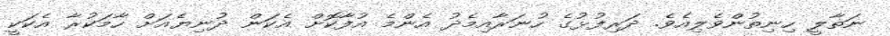
ނަތާލީ ހިނިތުންވެލިއެވެ. ދަރިފުޅުގެ ހުނަރާއިމެދު އެންމެ އުފާކޮށް އެކަން ދުނިޔެއަށް ހާމަކުރާ އެކަކީ